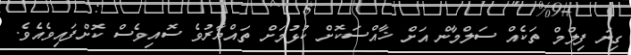
ގިނަ ފިލްމް ތަކެއް ސަލްމާން އަށް ޚާއްސަކޮށް ކުޅުމަށް ތައްޔާރުވެ ސޮއިވެސް ކޮށްފައިވެއެވެ.